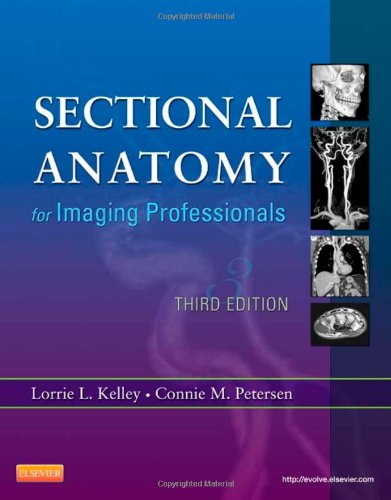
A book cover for Sectional Anatomy for Imaging Professionals, 3e; Lorrie L. Kelley MS  RT(R); Medical Books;